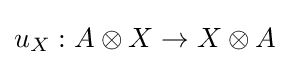
u_{X}:A\otimes X\rightarrow X\otimes A